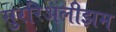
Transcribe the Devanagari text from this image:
सुररिअलीझम